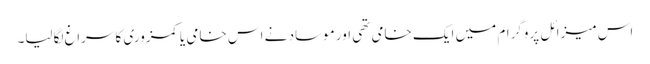
اس میزائل پروگرام میں ایک خامی تھی اور موساد نے اس خامی یا کمزوری کا سراغ لگالیا۔